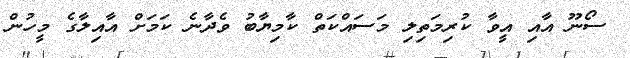
ސޯނޫ އާއި އީވާ ކުރިމަތިލި މަސައްކަތް ކާމިޔާބު ވެދާނެ ކަމަށް އާއިލާގެ މީހުން